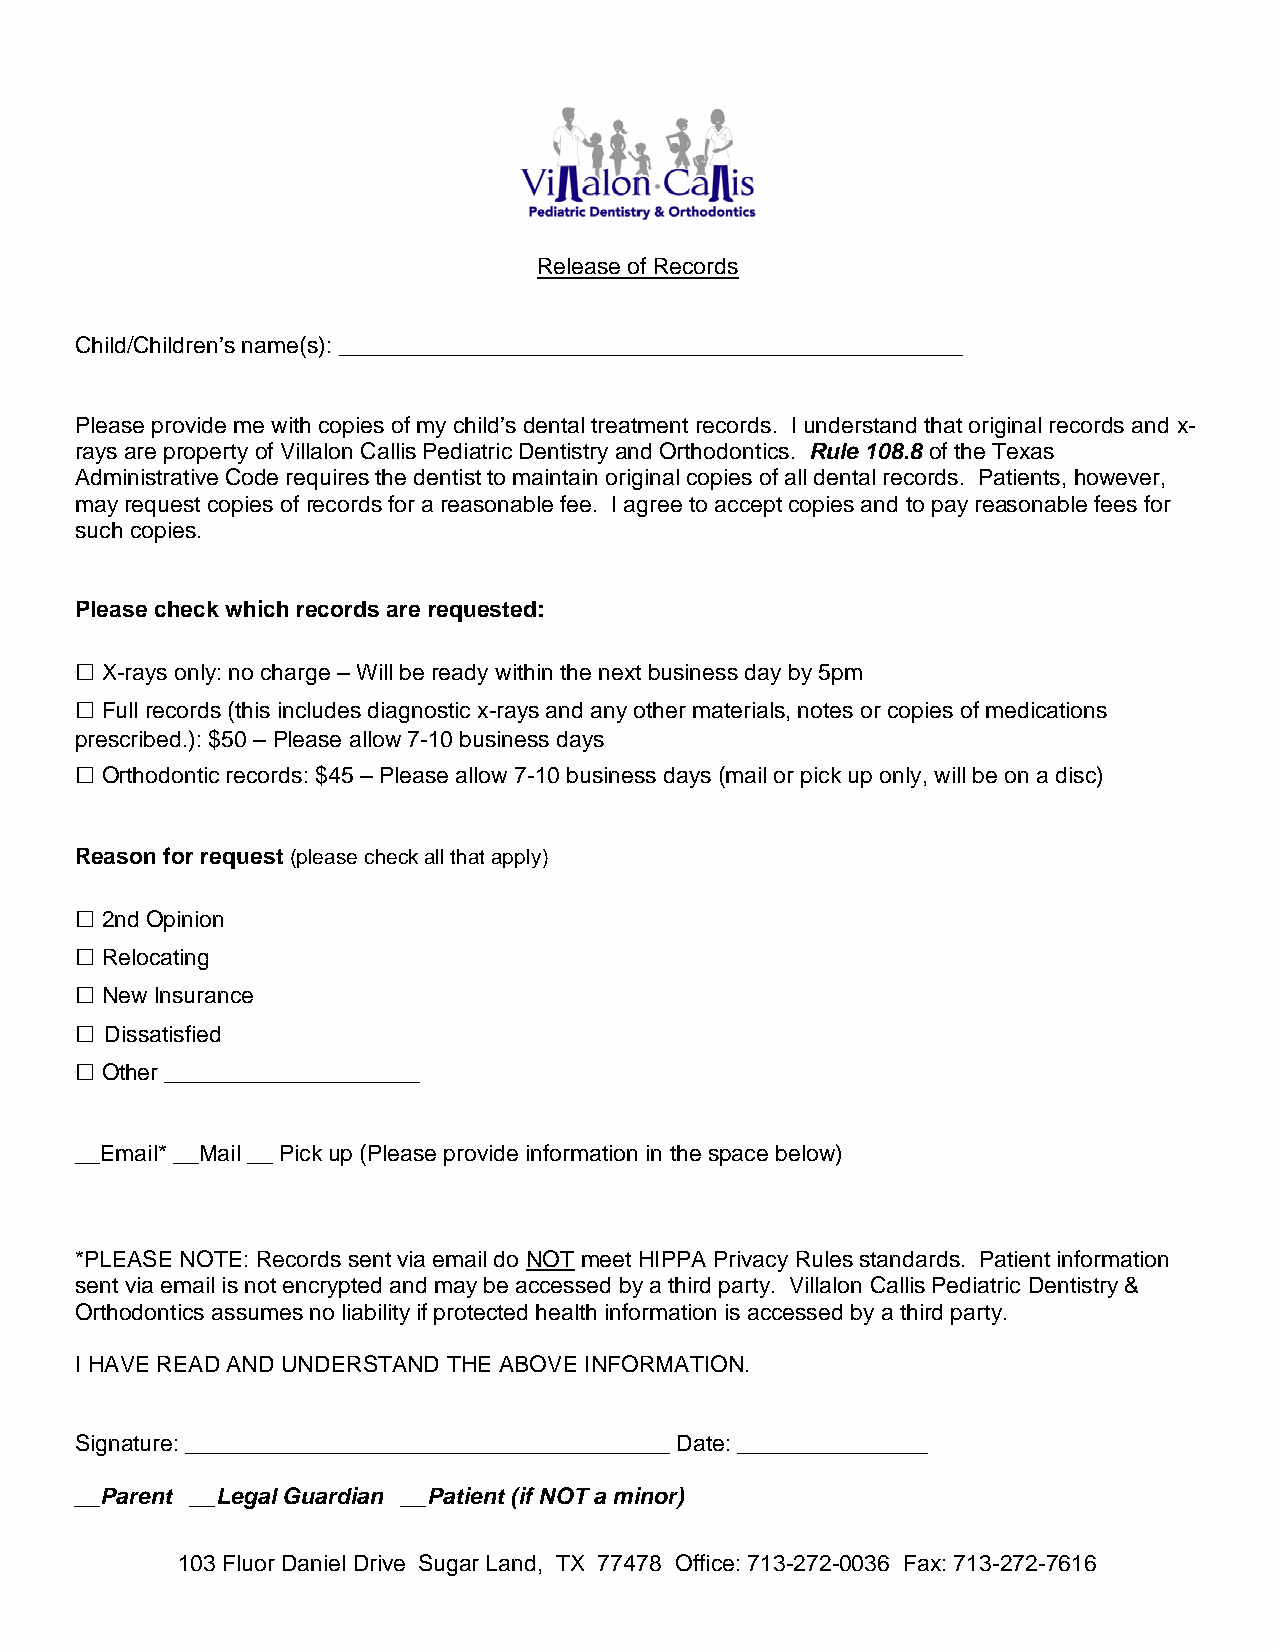
Release of Records
 Child/Children’s name(s): _________________________________________________
 Please provide me with copies of my child’s dental treatment records. I understand that original records and x-
 rays are property of Villalon Callis Pediatric Dentistry and Orthodontics. Rule 108.8 of the Texas
 Administrative Code requires the dentist to maintain original copies of all dental records. Patients, however,
 may request copies of records for a reasonable fee. I agree to accept copies and to pay reasonable fees for
 such copies.
 Please check which records are requested:
 □ X-rays only: no charge – Will be ready within the next business day by 5pm
 □ Full records (this includes diagnostic x-rays and any other materials, notes or copies of medications
 prescribed.): $50 – Please allow 7-10 business days
 □ Orthodontic records: $45 – Please allow 7-10 business days (mail or pick up only, will be on a disc)
 Reason for request (please check all that apply)
 □
 2nd Opinion
 □
 Relocating
 □
 New Insurance
 □
 Dissatisfied
 □
 Other ____________________
 __Email* __Mail __ Pick up (Please provide information in the space below)
 *PLEASE NOTE: Records sent via email do NOT meet HIPPA Privacy Rules standards. Patient information
 sent via email is not encrypted and may be accessed by a third party. Villalon Callis Pediatric Dentistry &
 Orthodontics assumes no liability if protected health information is accessed by a third party.
 I HAVE READ AND UNDERSTAND THE ABOVE INFORMATION.
 Signature: ______________________________________ Date: _______________
 __Parent __Legal Guardian __Patient (if NOT a minor)
 103 Fluor Daniel Drive Sugar Land, TX 77478 Office: 713-272-0036 Fax: 713-272-7616